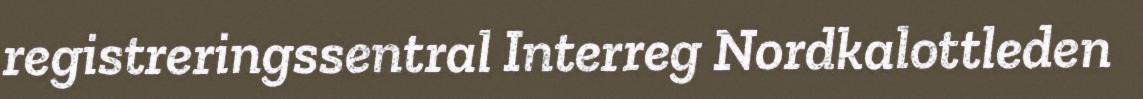
registreringssentral Interreg Nordkalottleden